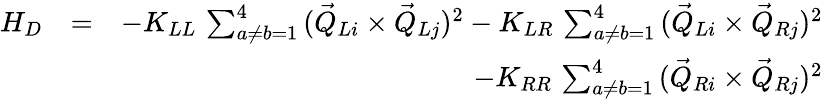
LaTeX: \begin{array}{rlr}{H_{D}}&{=}&{-K_{LL}\, \sum_{a\neq b=1}^{4}\, (\vec{Q}_{Li}\times\vec{Q}_{Lj})^{2}-K_{LR}\, \sum_{a\neq b=1}^{4}\, (\vec{Q}_{Li}\times\vec{Q}_{Rj})^{2}}\\ &{}&{-K_{RR}\, \sum_{a\neq b=1}^{4}\, (\vec{Q}_{Ri}\times\vec{Q}_{Rj})^{2}}\end{array}